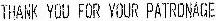
THANK YOU FOR YOUR PATRONAGE